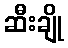
ဆီးချို